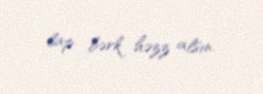
lap bərk həzz alsın.